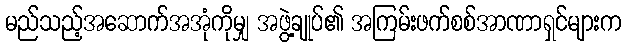
မည်သည့်အဆောက်အအုံကိုမျှ အဖွဲ့ချုပ်၏ အကြမ်းဖက်စစ်အာဏာရှင်များက